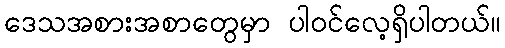
ဒေသအစားအစာတွေမှာ ပါဝင်လေ့ရှိပါတယ်။